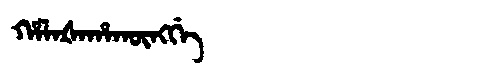
Manchu: ᡥᠠᠯᠠᡧᠠᡥᠠᡴᡡᠩᡤᡝ
Romanization: HALAŠAHAKŪNGGE